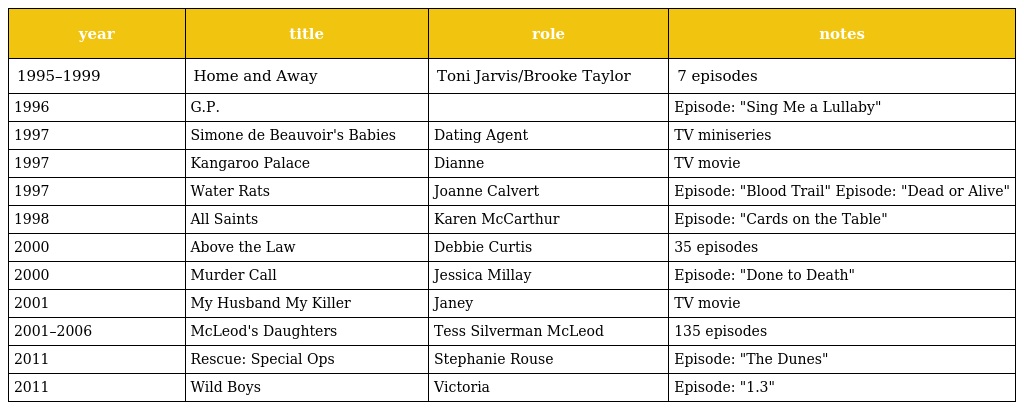
| year | title | role | notes |
 | --- | --- | --- | --- |
 | 1995–1999 | Home and Away | Toni Jarvis/Brooke Taylor | 7 episodes |
 | 1996 | G.P. |  | Episode: "Sing Me a Lullaby" |
 | 1997 | Simone de Beauvoir's Babies | Dating Agent | TV miniseries |
 | 1997 | Kangaroo Palace | Dianne | TV movie |
 | 1997 | Water Rats | Joanne Calvert | Episode: "Blood Trail" Episode: "Dead or Alive" |
 | 1998 | All Saints | Karen McCarthur | Episode: "Cards on the Table" |
 | 2000 | Above the Law | Debbie Curtis | 35 episodes |
 | 2000 | Murder Call | Jessica Millay | Episode: "Done to Death" |
 | 2001 | My Husband My Killer | Janey | TV movie |
 | 2001–2006 | McLeod's Daughters | Tess Silverman McLeod | 135 episodes |
 | 2011 | Rescue: Special Ops | Stephanie Rouse | Episode: "The Dunes" |
 | 2011 | Wild Boys | Victoria | Episode: "1.3" |